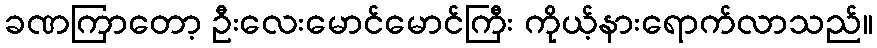
ခဏကြာတော့ ဦးလေးမောင်မောင်ကြီး ကိုယ့်နားရောက်လာသည်။